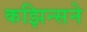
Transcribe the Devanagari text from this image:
कझिन्सने